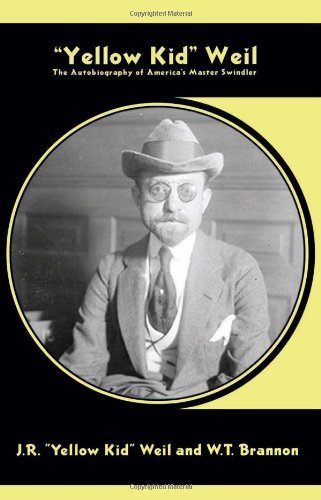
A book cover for "Yellow Kid" Weil: The Autobiography of America's Master Swindler (Nabat Books); J.R. Weil; Biographies & Memoirs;